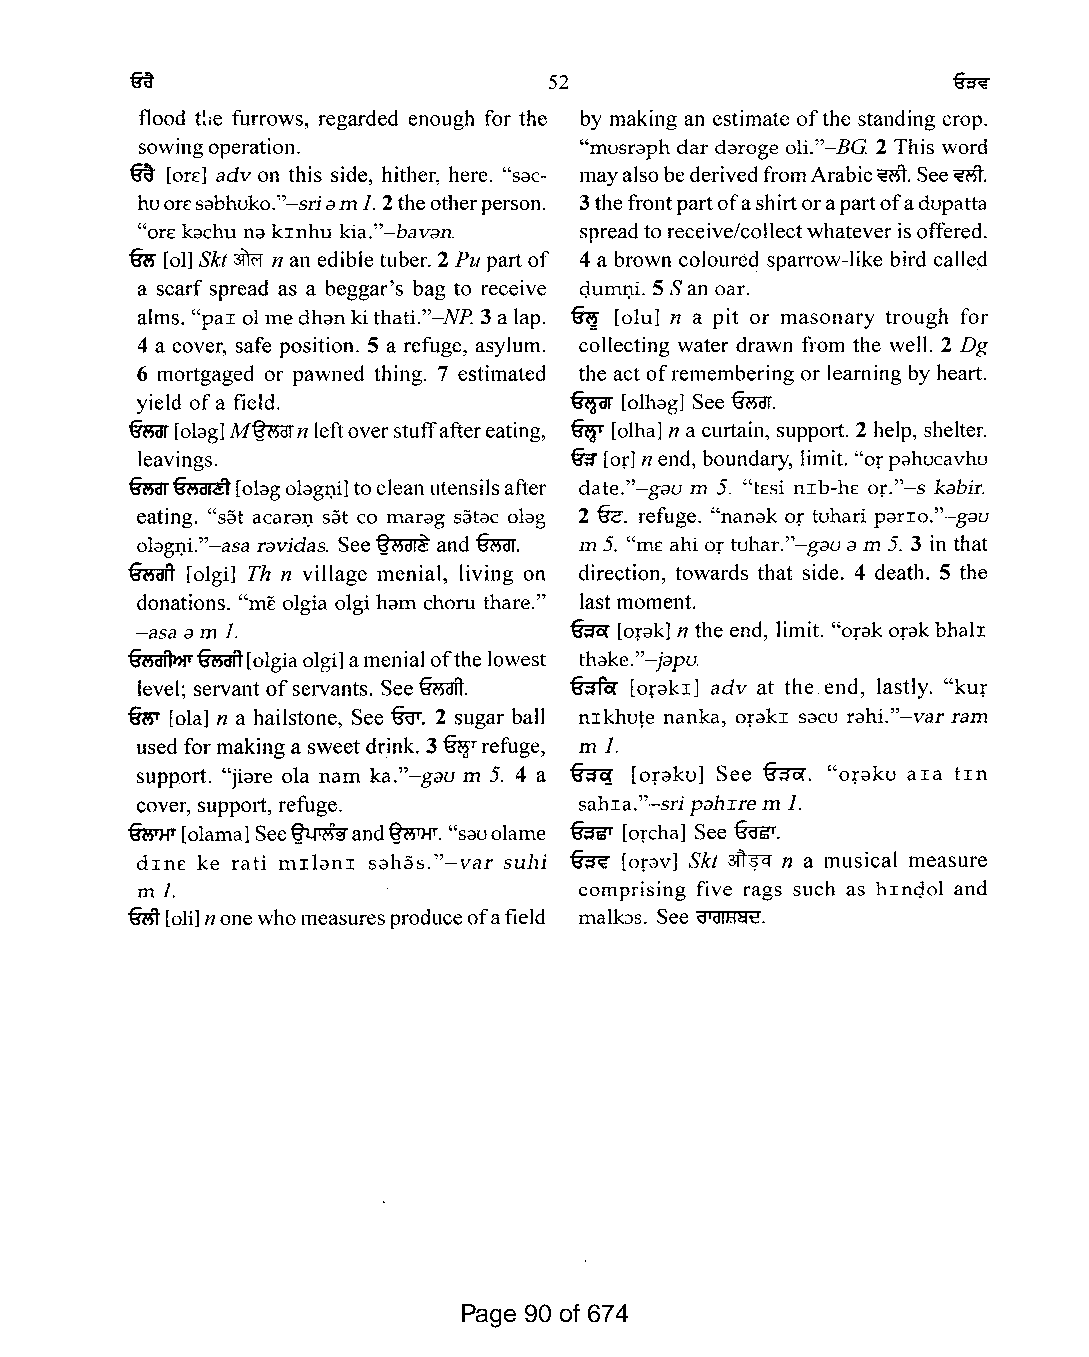
52
 flood tile furrows, regarded enough for the by making an estimate ofthe standing crop.
 sowingoperation.             "musraph dar daroge oli."-BG 2 This word
 ~ [OrE:] adv on this side, hither, here. "sac mayalsobederivedfromArabic~.See~.
 huorEsabhuko."-sriam1.2theotherperson. 3thefrontpartofashirtorapartofadupatta
 "orE kachu na krnhu kia."-bavan. spreadto receive/collectwhateverisoffered.
 (ffi [01] Skt3Trfr n an edibletuber. 2 Pu partof 4 a brown coloured sparrow-like bird called
 a scarf spread as a beggar's bag to receive q.um.Q.i. 5San oar.
 alms. "par 01 medhan kithati."-NP 3a lap. ~ [olu] n a pit or masonary trough for
 4 a cover, safe position. 5 a refuge, asylum. collecting water drawn from the well. 2 Dg
 6 mortgaged or pawned thing. 7 estimated the act ofremembering or learning by heart.
 yield ofa field.             ~  [olhag] See fu5or.
 aw
 fum[olag]M~n leftoverstuffaftereating, [olha] n a curtain, support. 2 help, shelter.
 leavings.                    fur [or] nend, boundary, limit. "orpahucavhu
 fumfusarit[olagolag.Q.i]toclean utensilsafter date."-gau m 5. "tEsi nIb-hE or."-s kabir.
 eating. "sat acara.Q. sat co marag satac olag 2 c€ . refuge. "nanak or tuhari parro."-gau
 olag.Q.i."-asa ravidas. See~ and fum. m 5. "mE ahi or tuhar."-gau am 5. 3 in that
 ~   [olgi] Th n village menial, living on direction, towards that side. 4 death. 5 the
 donations. "mE olgia olgi ham chom thare." last moment.
 -asa am 1.                   fum [orak] n the end, limit. "orak orak bhalr
 ~~[olgia    olgi]amenialofthe lowest thake."-japu.
 level; servant ofservants. Seefu?aft. furfa' [orakI] adv at the end, lastly. "kur
 fffir lola] n a hailstone, See ~. 2 sugar ball nlkhute nanka, OrakI sacu rahi."-var ram
 used for makinga sweetdrink. 3 ~Trefuge, m 1.
 support. "jiare ola nam ka."-gau m 5. 4 a ~ [oraku] See ~. "oraku ala tIn
 cover, support, refuge.      sahla."-sri pahIrem 1.
 fuMp-[olama] See~and~. "sauolame fuJsr [orcha] See furs"r.
 rn
 dInE ke rati mIlanI sahas."-var suhi foray] Ski 3iT~q n a musical measure
 m 1.                         comprising five rags such as hrnq.ol and
 fu;ft[oli]nonewhomeasuresproduceofafield malbs. See d'dl8se.
 Page 90 of 674